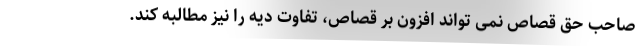
صاحب حق قصاص نمی تواند افزون بر قصاص، تفاوت دیه را نیز مطالبه کند.